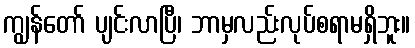
ကျွန်တော် ပျင်းလာပြီ၊ ဘာမှလည်းလုပ်စရာမရှိဘူး။